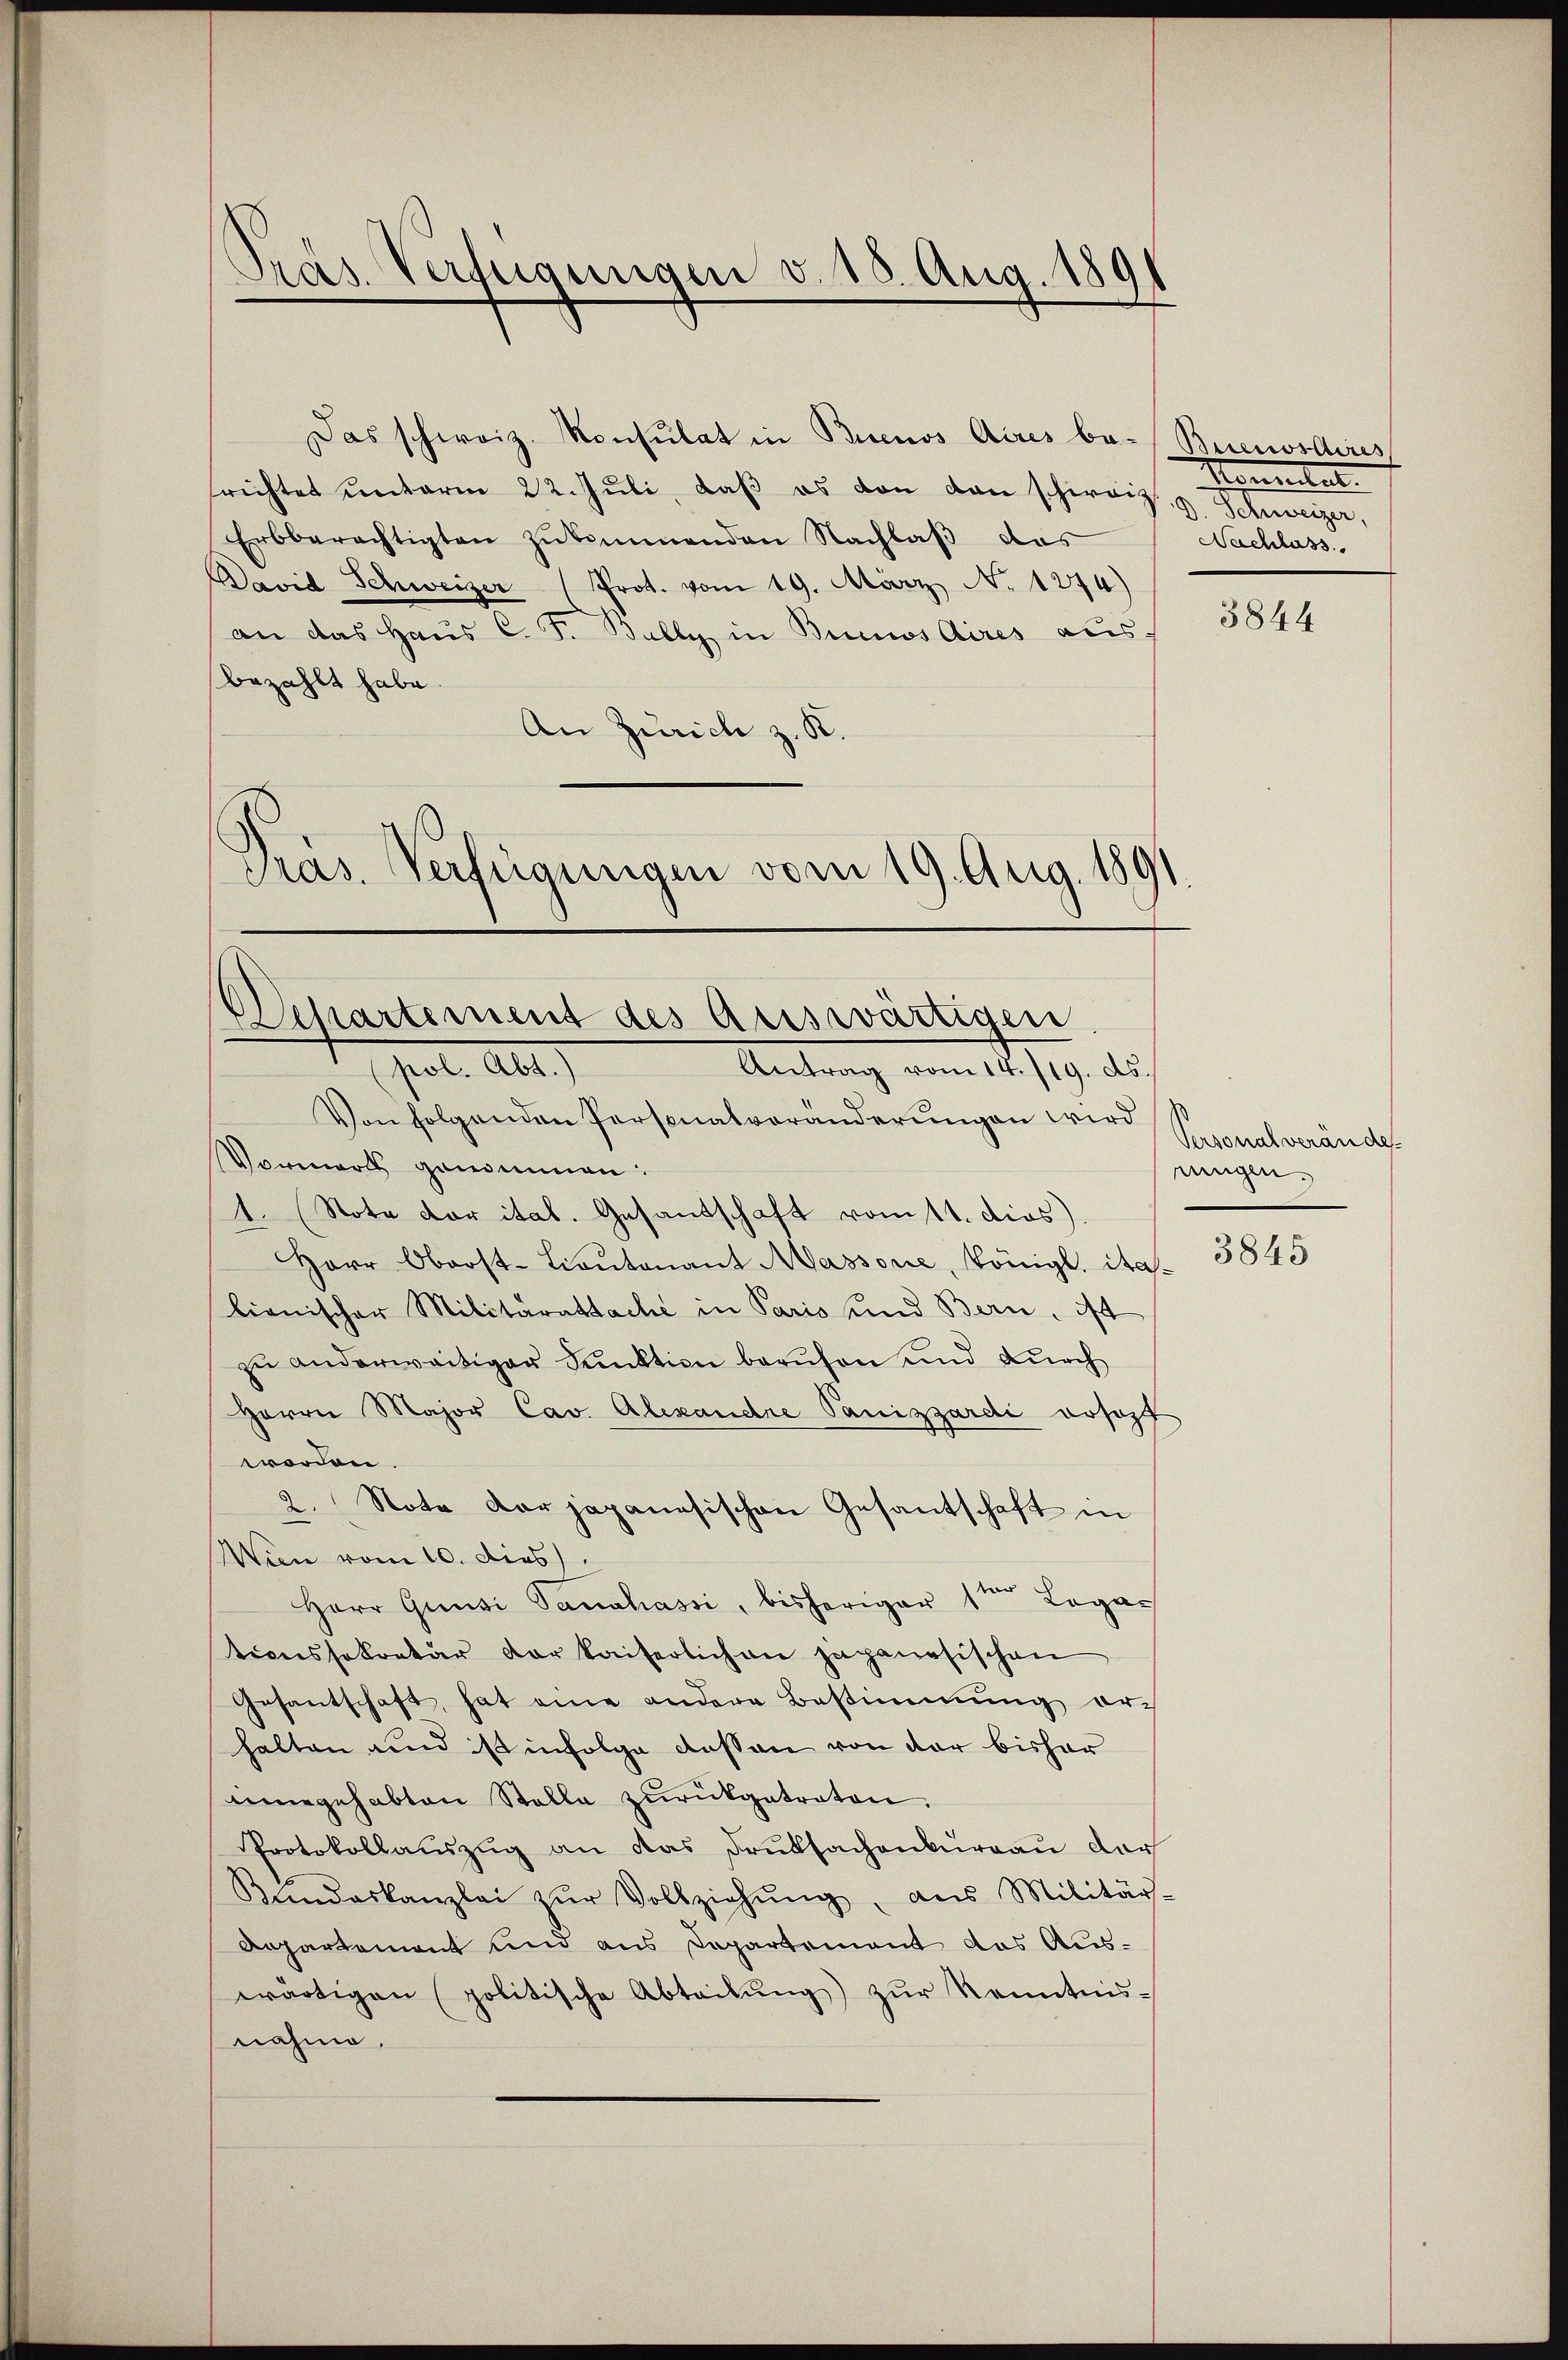
Pras Verfügungen d. 15. Aug. 1891

richtet unterm 22. Jŭli, daβ es von den schweiz, u. Schweizer,
Erbberechtigten zukommenden Nachlaß das
Pavid Schweizer Prot. vom 19. März No. 1274)
an das Haŭs C. F. Bully in Buenos Aires aus-
bezahlt habe.
An Zürich z. K.
Präs. Verfügungen vom 19. Aug. 1891

Dessartement des Auswärtigen
pol. A.)
Antrag vom 14. 119. ds.

Das schweiz. Konsulat in Buenos Aires be- Buenosdires

Von folgenden Personalveränderungen wird
Vormerks genommen:
1. (Nota der ital. Gesandschaft vom 11. dies).
Herr Oberst-Lieutenant Massone, Königl. italionischer Militaratsache in Paris und Bern, ist
zu anderweitiger Punktion berufen und durch
Herrn Major Cav. Alexandre Panizzardi rosozt
worden.
2. Note dar japanesischen Gesantschaft in
Wien vom 10. dies
Herr Gunzi Sandhassi, bisheriger 1ten Legationssekretär der kaiserlich nie japanesischen
Gesantschaft hat eine andere Bestimmung er-
halten und ist infolge dessen von der bisher
enegehabten Stelle zŭrückgetreten.
Protokollauszug an das Druksachenburgau der
Bundeskanzlei zŭr Vollziehŭng, ans Militärs-
Appartement und aus Departement das Auswärtigen politische Abteilŭng zŭr Kenntnis-
nahme.

Konnten.
Nachlass.

3844

Personalveränder
eingen.
3845